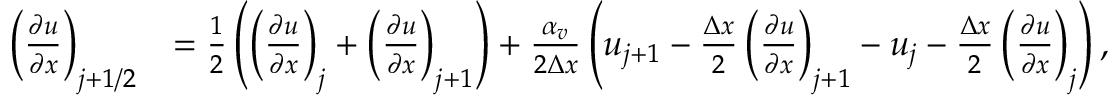
\begin{array} { r l } { \left( \frac { \partial u } { \partial x } \right) _ { j + 1 / 2 } } & { = \frac { 1 } { 2 } \left( \left( \frac { \partial u } { \partial x } \right) _ { j } + \left( \frac { \partial u } { \partial x } \right) _ { j + 1 } \right) + \frac { \alpha _ { v } } { 2 \Delta x } \left( u _ { j + 1 } - \frac { \Delta x } { 2 } \left( \frac { \partial u } { \partial x } \right) _ { j + 1 } - u _ { j } - \frac { \Delta x } { 2 } \left( \frac { \partial u } { \partial x } \right) _ { j } \right) , } \end{array}